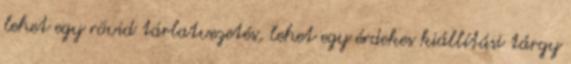
lehet egy rövid tárlatvezetés, lehet egy érdekes kiállítási tárgy